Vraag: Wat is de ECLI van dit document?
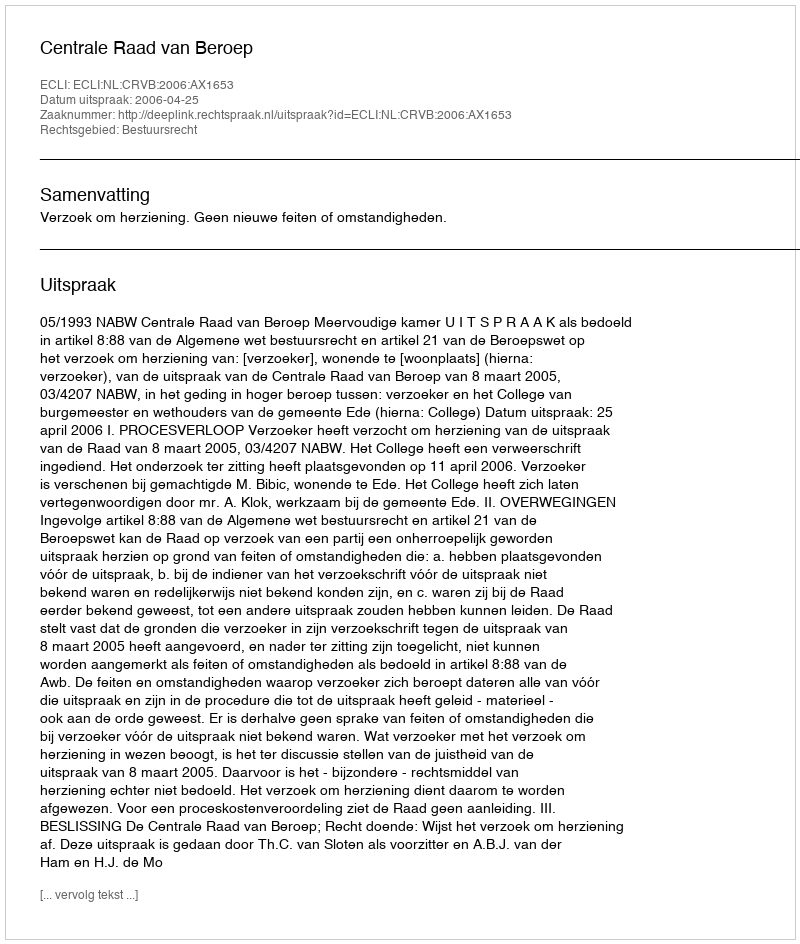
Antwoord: ECLI:NL:CRVB:2006:AX1653